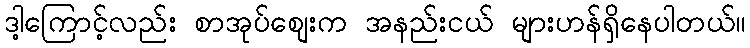
ဒါ့ကြောင့်လည်း စာအုပ်စျေးက အနည်းငယ် များဟန်ရှိနေပါတယ်။